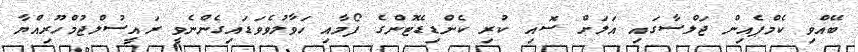
ބޭއްވި ކެމްޕެއިން ޖަލްސާގައި އަލަށް ސޮއި ކުރި ކެންޑިޑޭޓުންގެ ފޯމާއި ހަވާލުވެވަޑައިގެންނެވީ ރައީސުލްޖުމްހޫރިއްޔާ